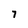
Character: 7